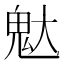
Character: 𮹒